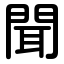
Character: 聞